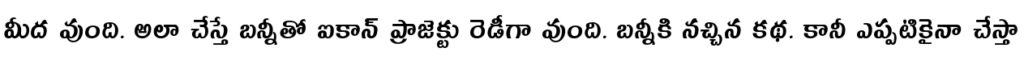
మీద వుంది. అలా చేస్తే బన్నీతో ఐకాన్ ప్రాజెక్టు రెడీగా వుంది. బన్నీకి నచ్చిన కథ. కానీ ఎప్పటికైనా చేస్తా